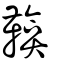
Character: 鞥